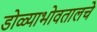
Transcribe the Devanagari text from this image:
डोळ्याभोवतालचे